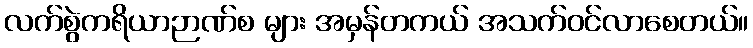
လက်စွဲကရိယာဉာဏ်စ များ အမှန်တကယ် အသက်ဝင်လာစေတယ်။